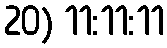
20) 11:11:11